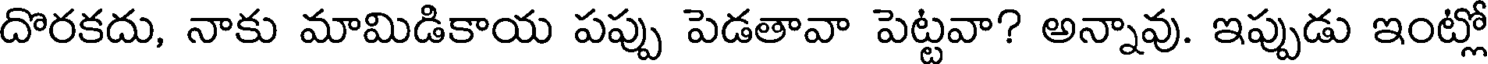
దొరకదు, నాకు మామిడికాయ పప్పు పెడతావా పెట్టవా? అన్నావు. ఇప్పుడు ఇంట్లో